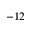
- 1 2